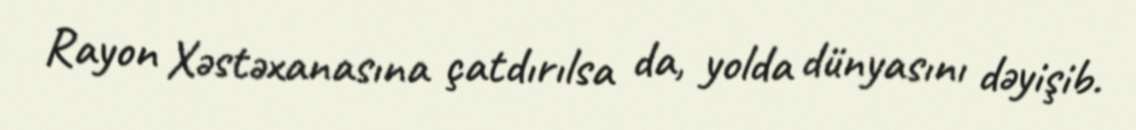
Rayon Xəstəxanasına çatdırılsa da, yolda dünyasını dəyişib.